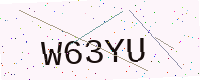
Text: W63YU